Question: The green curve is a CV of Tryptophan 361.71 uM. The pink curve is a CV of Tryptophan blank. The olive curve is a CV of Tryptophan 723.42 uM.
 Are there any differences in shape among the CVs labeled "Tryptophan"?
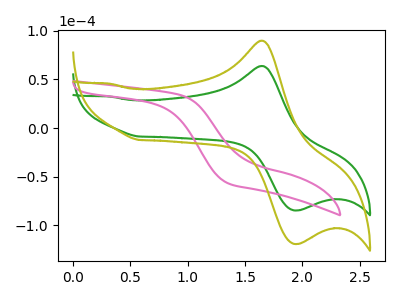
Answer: <think>The green curve "Tryptophan 361.71 uM" has an anodic peak at (1.65V, 63.85uA) and a cathodic peak at (1.95V, -84.60uA). The pink curve "Tryptophan blank" has no peaks. The olive curve "Tryptophan 723.42 uM" has an anodic peak at (1.65V, 89.85uA) and a cathodic peak at (1.95V, -119.10uA).
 "Tryptophan 361.71 uM" and "Tryptophan blank" have a different number of peaks. All the peaks in "Tryptophan 361.71 uM" have a peak in "Tryptophan 723.42 uM" at the same potential. Every peak in "Tryptophan 361.71 uM" is lower than every peak in "Tryptophan 723.42 uM". "Tryptophan blank" and "Tryptophan 723.42 uM" have a different number of peaks.</think>
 <answer>All the CV's of "Tryptophan" have similar shape.</answer>
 <eval>follow_rule</eval>